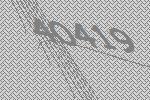
40419